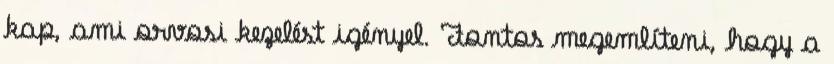
kap, ami orvosi kezelést igényel. Fontos megemlíteni, hogy a